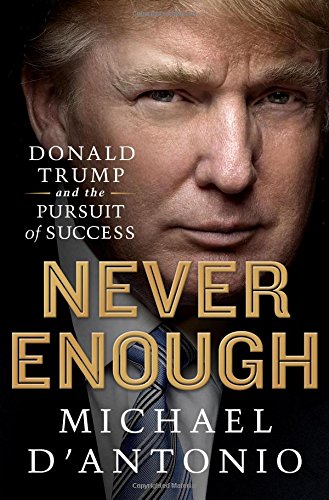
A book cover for Never Enough: Donald Trump and the Pursuit of Success; Michael D'Antonio; Business & Money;